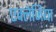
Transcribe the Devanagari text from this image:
एक्लेजिया